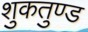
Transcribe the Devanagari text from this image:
शुकतुण्ड